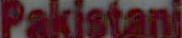
Pakistani